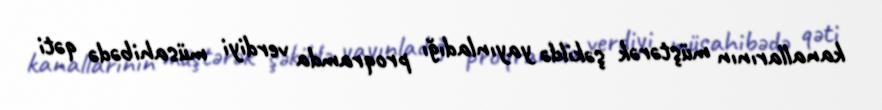
kanallarının müştərək şəkildə yayınladığı proqramda verdiyi müsahibədə qəti